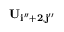
\bf { U } _ { i ^ { \prime \prime } + 2 , j ^ { \prime \prime } }